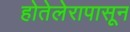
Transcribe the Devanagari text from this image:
होतेलेरापासून